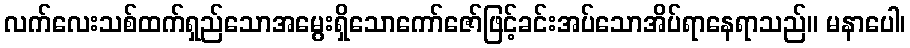
လက်လေးသစ်ထက်ရှည်သောအမွေးရှိသောကော်ဇော်ဖြင့်ခင်းအပ်သောအိပ်ရာနေရာသည်။ မနာပေါ၊